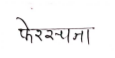
मजकूर: फेररचना